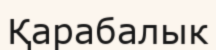
Қарабалык